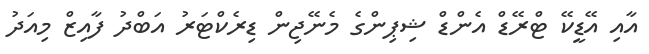
އާއި އޭޑީކޭ ޓްރޭޑް އެންޑް ޝިޕިންގެ މެނޭޖިން ޑިރެކްޓަރު އަބްދު ފާއިޒް މިއަދު